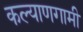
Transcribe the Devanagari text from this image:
कल्याणगामी